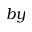
b y